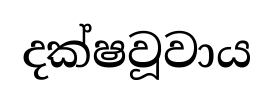
දක්ෂවූවාය